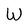
Character: W